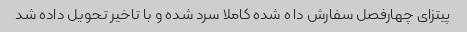
پیتزای چهارفصل سفارش دا ه شده کاملا سرد شده و با تاخیر تحویل داده شد